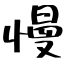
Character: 慢